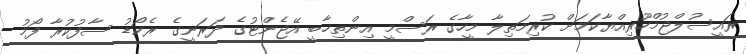
ރައީސުލްޖުމްހޫރިއްޔާކަމަށް ކުރިމަތިލާ މީހާގެ ރަސްމީ އިންތިޚާބީ އޭޖެންޓުގެ ދަރަނީގެ ރެކޯޑު ސާފުކުރާ ފޯމު